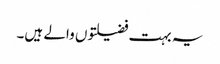
یہ بہت فضیلتوں والے ہیں۔